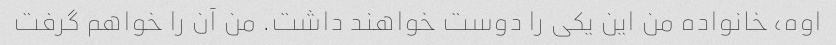
اوه، خانواده من این یکی را دوست خواهند داشت. من آن را خواهم گرفت